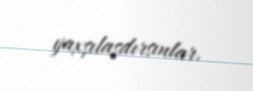
yaxşılaşdırsınlar.